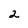
Character: 2